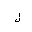
Letter: _lam